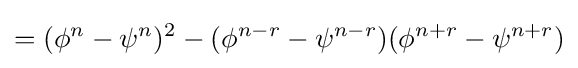
=(\phi ^{n}-\psi ^{n})^{2}-(\phi ^{n-r}-\psi ^{n-r})(\phi ^{n+r}-\psi ^{n+r})